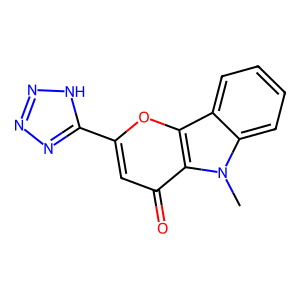
SMILES: Cn1c2ccccc2c2oc(-c3nnn[nH]3)cc(=O)c21
Inhibits HIV replication: No